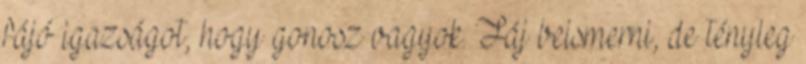
fájó igazságot, hogy gonosz vagyok. Fáj beismerni, de tényleg